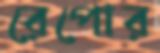
রেপোর